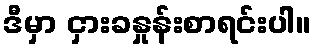
ဒီမှာ ငှားခနှုန်းစာရင်းပါ။